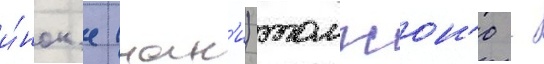
и́нок'е (нак'и) томпсон'е -